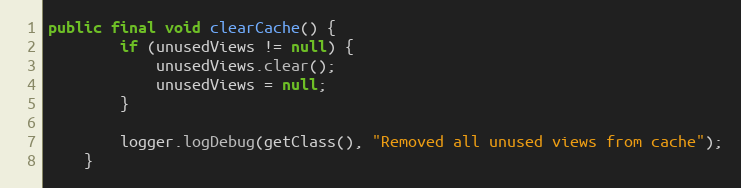
Language: Java
public final void clearCache() {
        if (unusedViews != null) {
            unusedViews.clear();
            unusedViews = null;
        }

        logger.logDebug(getClass(), "Removed all unused views from cache");
    }